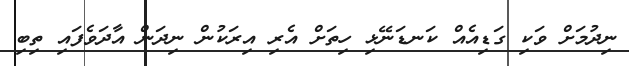
ނިދުމަށް ވަކި ގަޑިއެއް ކަނޑަނޭޅި ހިތަށް އެރި އިރަކުން ނިދަން އާދަވެފައި ތިބި